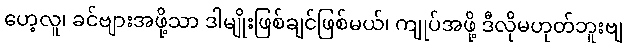
ဟေ့လူ၊ ခင်ဗျားအဖို့သာ ဒါမျိုးဖြစ်ချင်ဖြစ်မယ်၊ ကျုပ်အဖို့ ဒီလိုမဟုတ်ဘူးဗျ